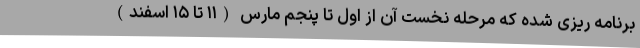
برنامه ریزی شده که مرحله نخست آن از اول تا پنجم مارس (۱۱ تا ۱۵ اسفند)